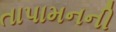
તાપામનની